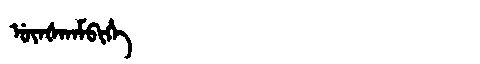
Manchu: ᡠᠶᠠᡧᠠᠨᠠᠮᠪᡳᡥᡝ
Romanization: UYAŠANAMBIHE